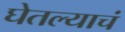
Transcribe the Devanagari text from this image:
घेतल्याचं